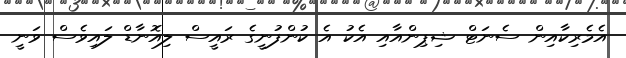
އެމެރިކާއިން ސެނަޓް ޝިޕިންއާއި އެކު އެ ކުންފުނީގެ ރައީސް ލިއޮނާޑް ލައިވެސް ވަނީ